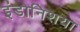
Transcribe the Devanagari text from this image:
इंडोनिशया